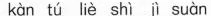
kàn tú liè jì suàn